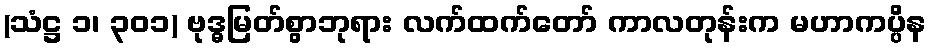
(သံဋ္ဌ ၁၊ ၃၀၁) ဗုဒ္ဓမြတ်စွာဘုရား လက်ထက်တော် ကာလတုန်းက မဟာကပ္ပိန